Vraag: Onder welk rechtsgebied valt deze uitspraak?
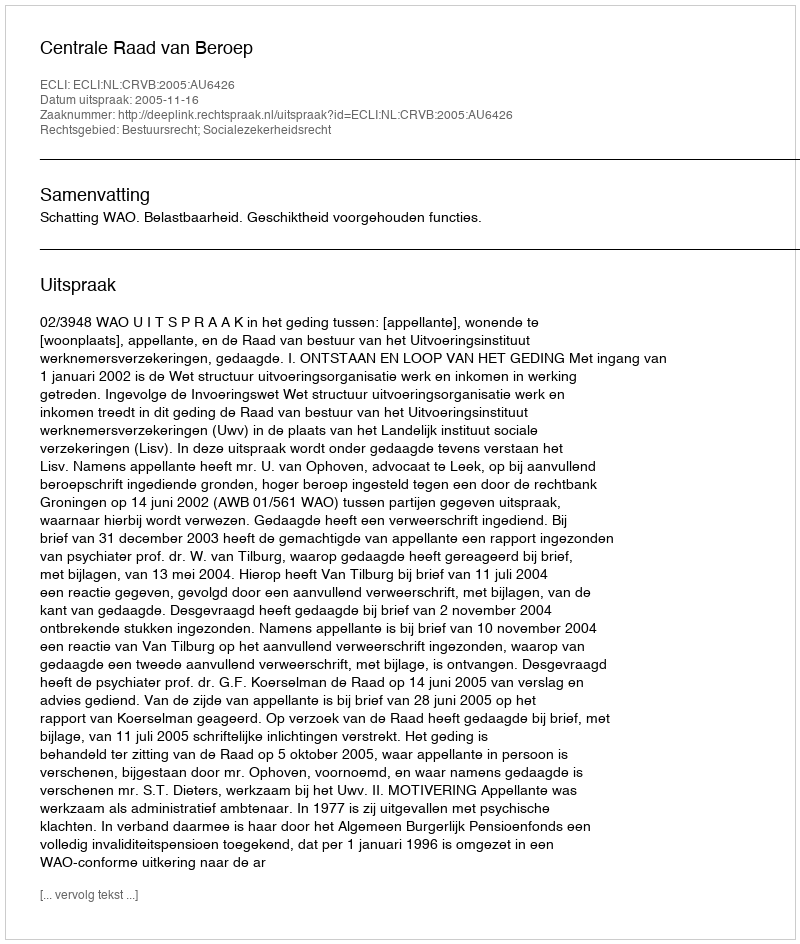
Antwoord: Bestuursrecht; Socialezekerheidsrecht